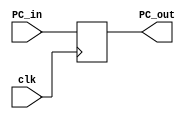
`timescale 1ns / 1ps
//////////////////////////////////////////////////////////////////////////////////
// Company: NJU_CS_COD_2013 
// 
// Design Name: mono_cpu_mips
// Module Name: program_counter
// Project Name: mono_cpu_mips
// Target Devices: xxx
// Tool Versions: xxx
// Description: 
// program counter
// Dependencies: none
// 
// Revision:
// Revision 0.01 - File Created
// Additional Comments:
// 
//////////////////////////////////////////////////////////////////////////////////


module program_counter(
	input [31:0] PC_in,
	output reg [31:0] PC_out,
	input clk
);
   
    initial
        PC_out = 32'h0;
    always@(negedge clk)
    begin
	    PC_out = PC_in;
	end
endmodule